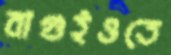
বাগুইওতে